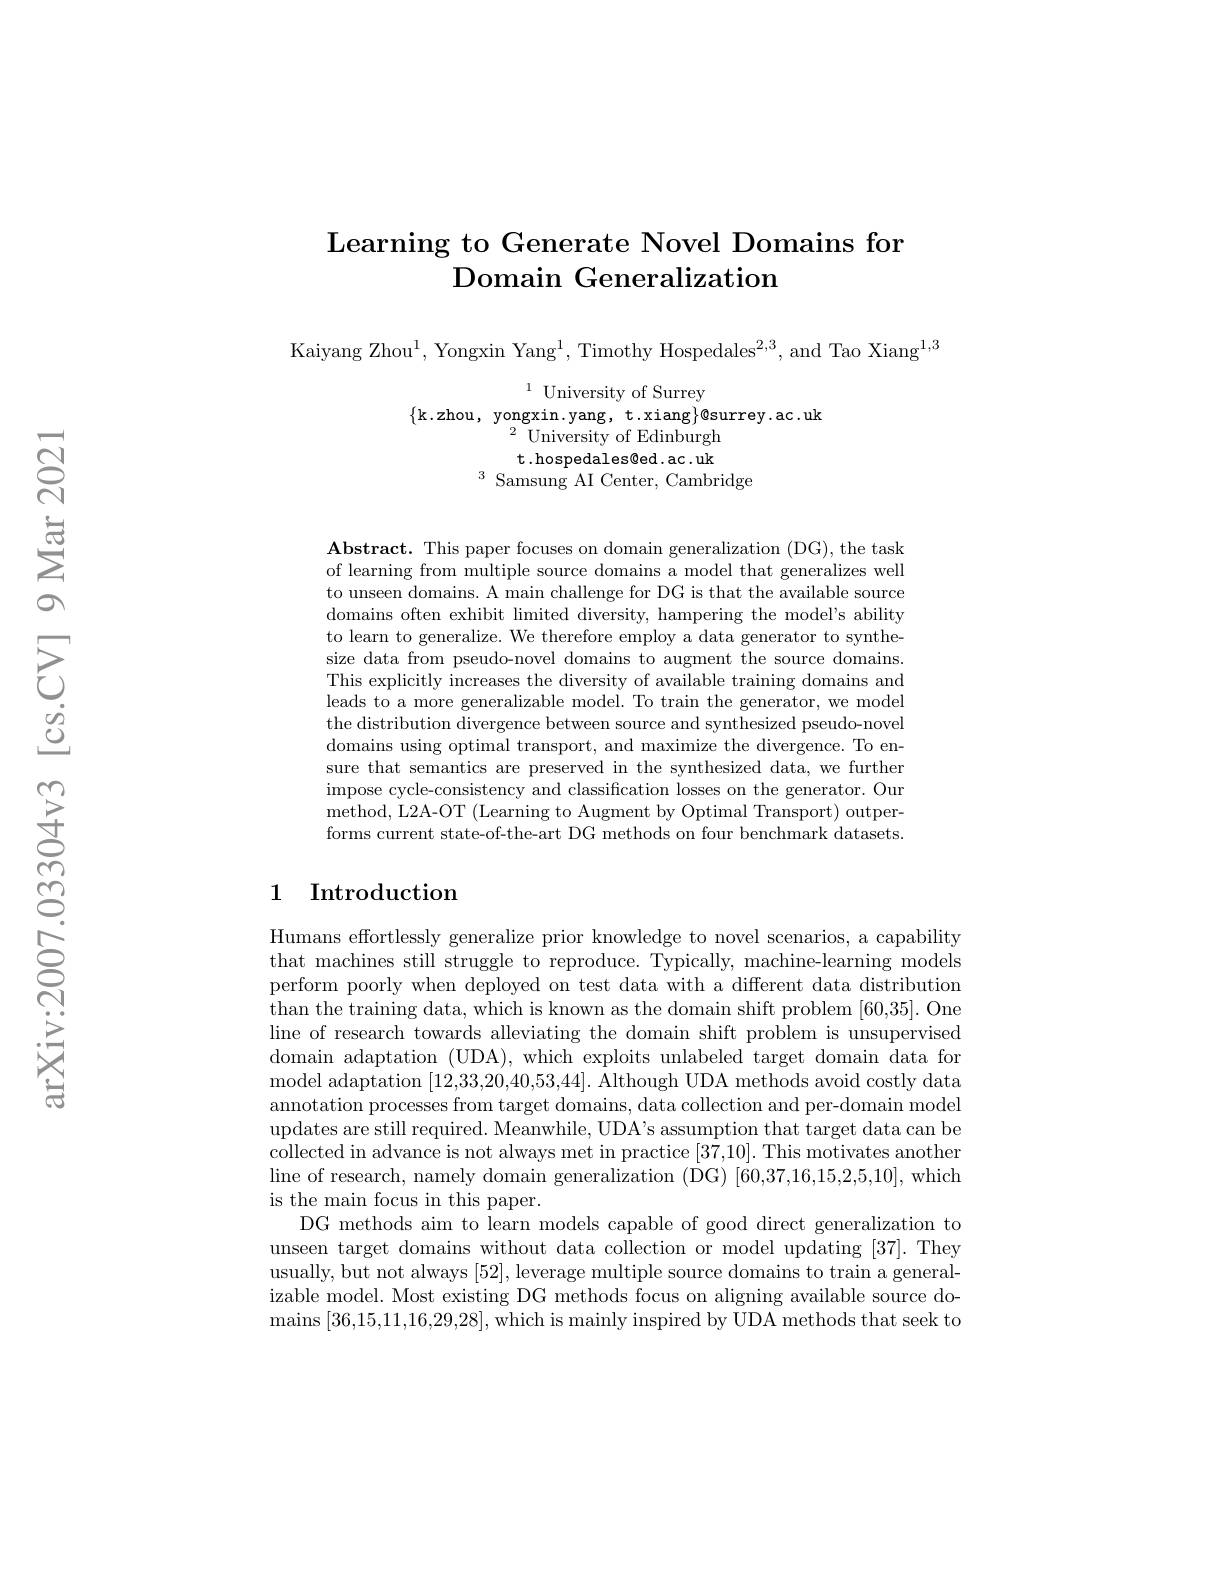
## Learning to Generate Novel Domains for Domain Generalization

Kaiyang Zhou$^1$, Yongxin Yang$^1$, Timothy Hospedales$^2,3$, and Tao Xiang$^1,3$

$^{1}$University of Surrey
$\{$k.zhou, yongxin.yang, t.xiang$\}$@surrey.ac.uk
$^{2}{\mathrm{~University~of~Edinburgh}}$ t.hospedales@ed.ac.uk
$^3{\mathrm{~Samsung~AI~Center,~Cambridge}}$

$\mathbf{Abstract.~This~paper~focuses~on~domain~generalization~(DG),~the~task}$ of learning from multiple source domains a model that generalizes well to unseen domains. A main challenge for DG is that the available source domains often exhibit limited diversity, hampering the model's ability to learn to generalize. We therefore employ a data generator to synthesize data from pseudo-novel domains to augment the source domains. This explicitly increases the diversity of available training domains and leads to a more generalizable model. To train the generator, we model the distribution divergence between source and synthesized pseudo-novel domains using optimal transport, and maximize the divergence. To ensure that semantics are preserved in the synthesized data, we further impose cycle-consistency and classification losses on the generator. Our method, L2A- OT ( Learning to Augment by Optimal Transport) outper- forms current state-of-the-art DG methods on four benchmark datasets

## 1 Introduction

Humans effortlessly generalize prior knowledge to novel scenarios, a capability that machines still struggle to reproduce. Typically, machine-learning models perform poorly when deployed on test data with a different data distribution than the training data, which is known as the domain shift problem [60,35]. One line of research towards alleviating the domain shift problem is unsupervised domain adaptation (UDA), which exploits unlabeled target domain data for model adaptation [12,33,20,40,53,44]. Although UDA methods avoid costly data annotation processes from target domains, data collection and per-domain model updates are still required. Meanwhile, UDA's assumption that target data can be collected in advance is not always met in practice [37,10]. This motivates another line of research, namely domain generalization (DG) [60,37,16,15,2,5,10], which is the main focus in this paper.
DG methods aim to learn models capable of good direct generalization to unseen target domains without data collection or model updating [37]. They usually, but not always [52], leverage multiple source domains to train a generalizable model. Most existing DG methods focus on aligning available source do- $\operatorname*{mains}\left[36,15,11,16,29,28\right]$,which is mainly inspired by UDA methods that seek to